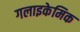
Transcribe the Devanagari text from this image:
गलाइकेमिक